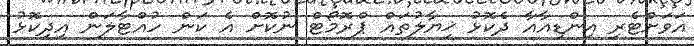
އަވަށްޓެރި އިންޑިއާއާ ދެކޮޅު ޚިޔާލުތައް ޕްރޮމޯޓް ނުކޮށް އެ ކަން ހުއްޓާލަން އިދިކޮޅު